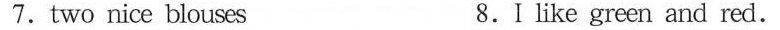
7. two nice blouses 8. I like green and red.